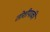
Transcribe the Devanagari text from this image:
तोशीयाकी